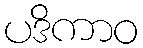
ပဒိကာဝ